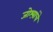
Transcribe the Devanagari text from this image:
जोश्य़ांचे